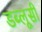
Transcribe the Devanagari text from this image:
डब्लूसी